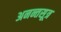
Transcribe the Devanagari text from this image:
अनन्तसूत्र